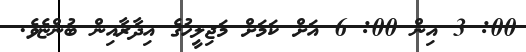
00: 3 އިން 00: 6 އަށް ކަމަށް މަޖިލީހުގެ އިދާރާއިން ބުންޏެވެ.